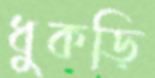
ধুকড়ি